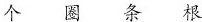
个 圈 条 根